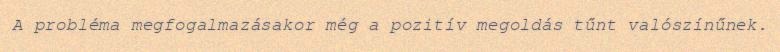
A probléma megfogalmazásakor még a pozitív megoldás tűnt valószínűnek.